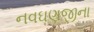
નવઘણજીના